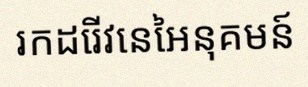
រកដេរីវេនៃអនុគមន៍